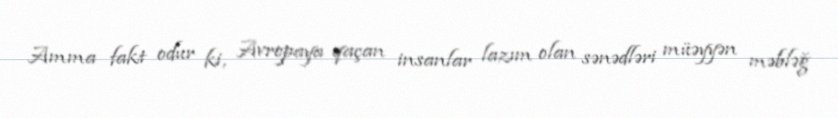
Amma fakt odur ki, Avropaya qaçan insanlar lazım olan sənədləri müəyyən məbləğ